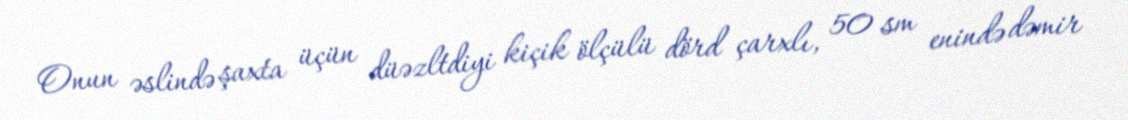
Onun əslində şaxta üçün düəzltdiyi kiçik ölçülü dörd çarxlı, 50 sm enində dəmir